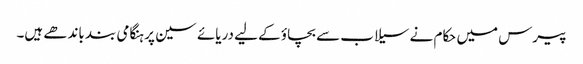
پیرس میں حکام نے سیلاب سے بچاؤ کے لیے دریائے سین پر ہنگامی بند باندھے ہیں۔